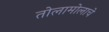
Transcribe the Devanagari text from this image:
तोलामोलाचे